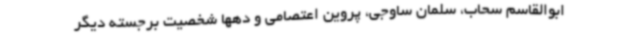
ابوالقاسم سحاب، سلمان ساوجی، پروین اعتصامی و دهها شخصیت برجسته دیگر